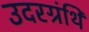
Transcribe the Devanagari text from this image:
उदरग्रंथि